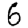
Digit: 6